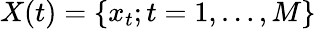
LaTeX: X(t)=\{ x_{t};t=1,\dots,M\}